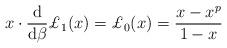
LaTeX: \begin{align*}x\cdot\frac{\mathrm{d}}{\mathrm{d}\beta}\pounds_1(x)=\pounds_{0}(x)=\frac{x-x^p}{1-x}\end{align*}